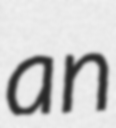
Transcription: an